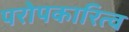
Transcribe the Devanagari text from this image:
परोपकारित्व